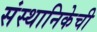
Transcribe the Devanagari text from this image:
संस्थानिकेची